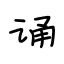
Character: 诵